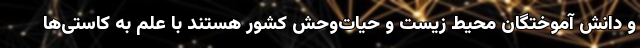
و دانش آموختگان محیط زیست و حیات‌وحش کشور هستند با علم به کاستی‌ها